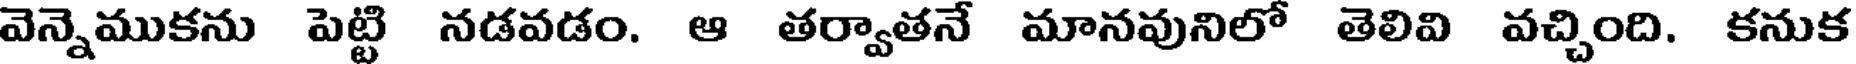
వెన్నెముకను పెట్టి నడవడం. ఆ తర్వాతనే మానవునిలో తెలివి వచ్చింది. కనుక